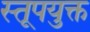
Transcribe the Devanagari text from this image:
स्तूपयुक्त